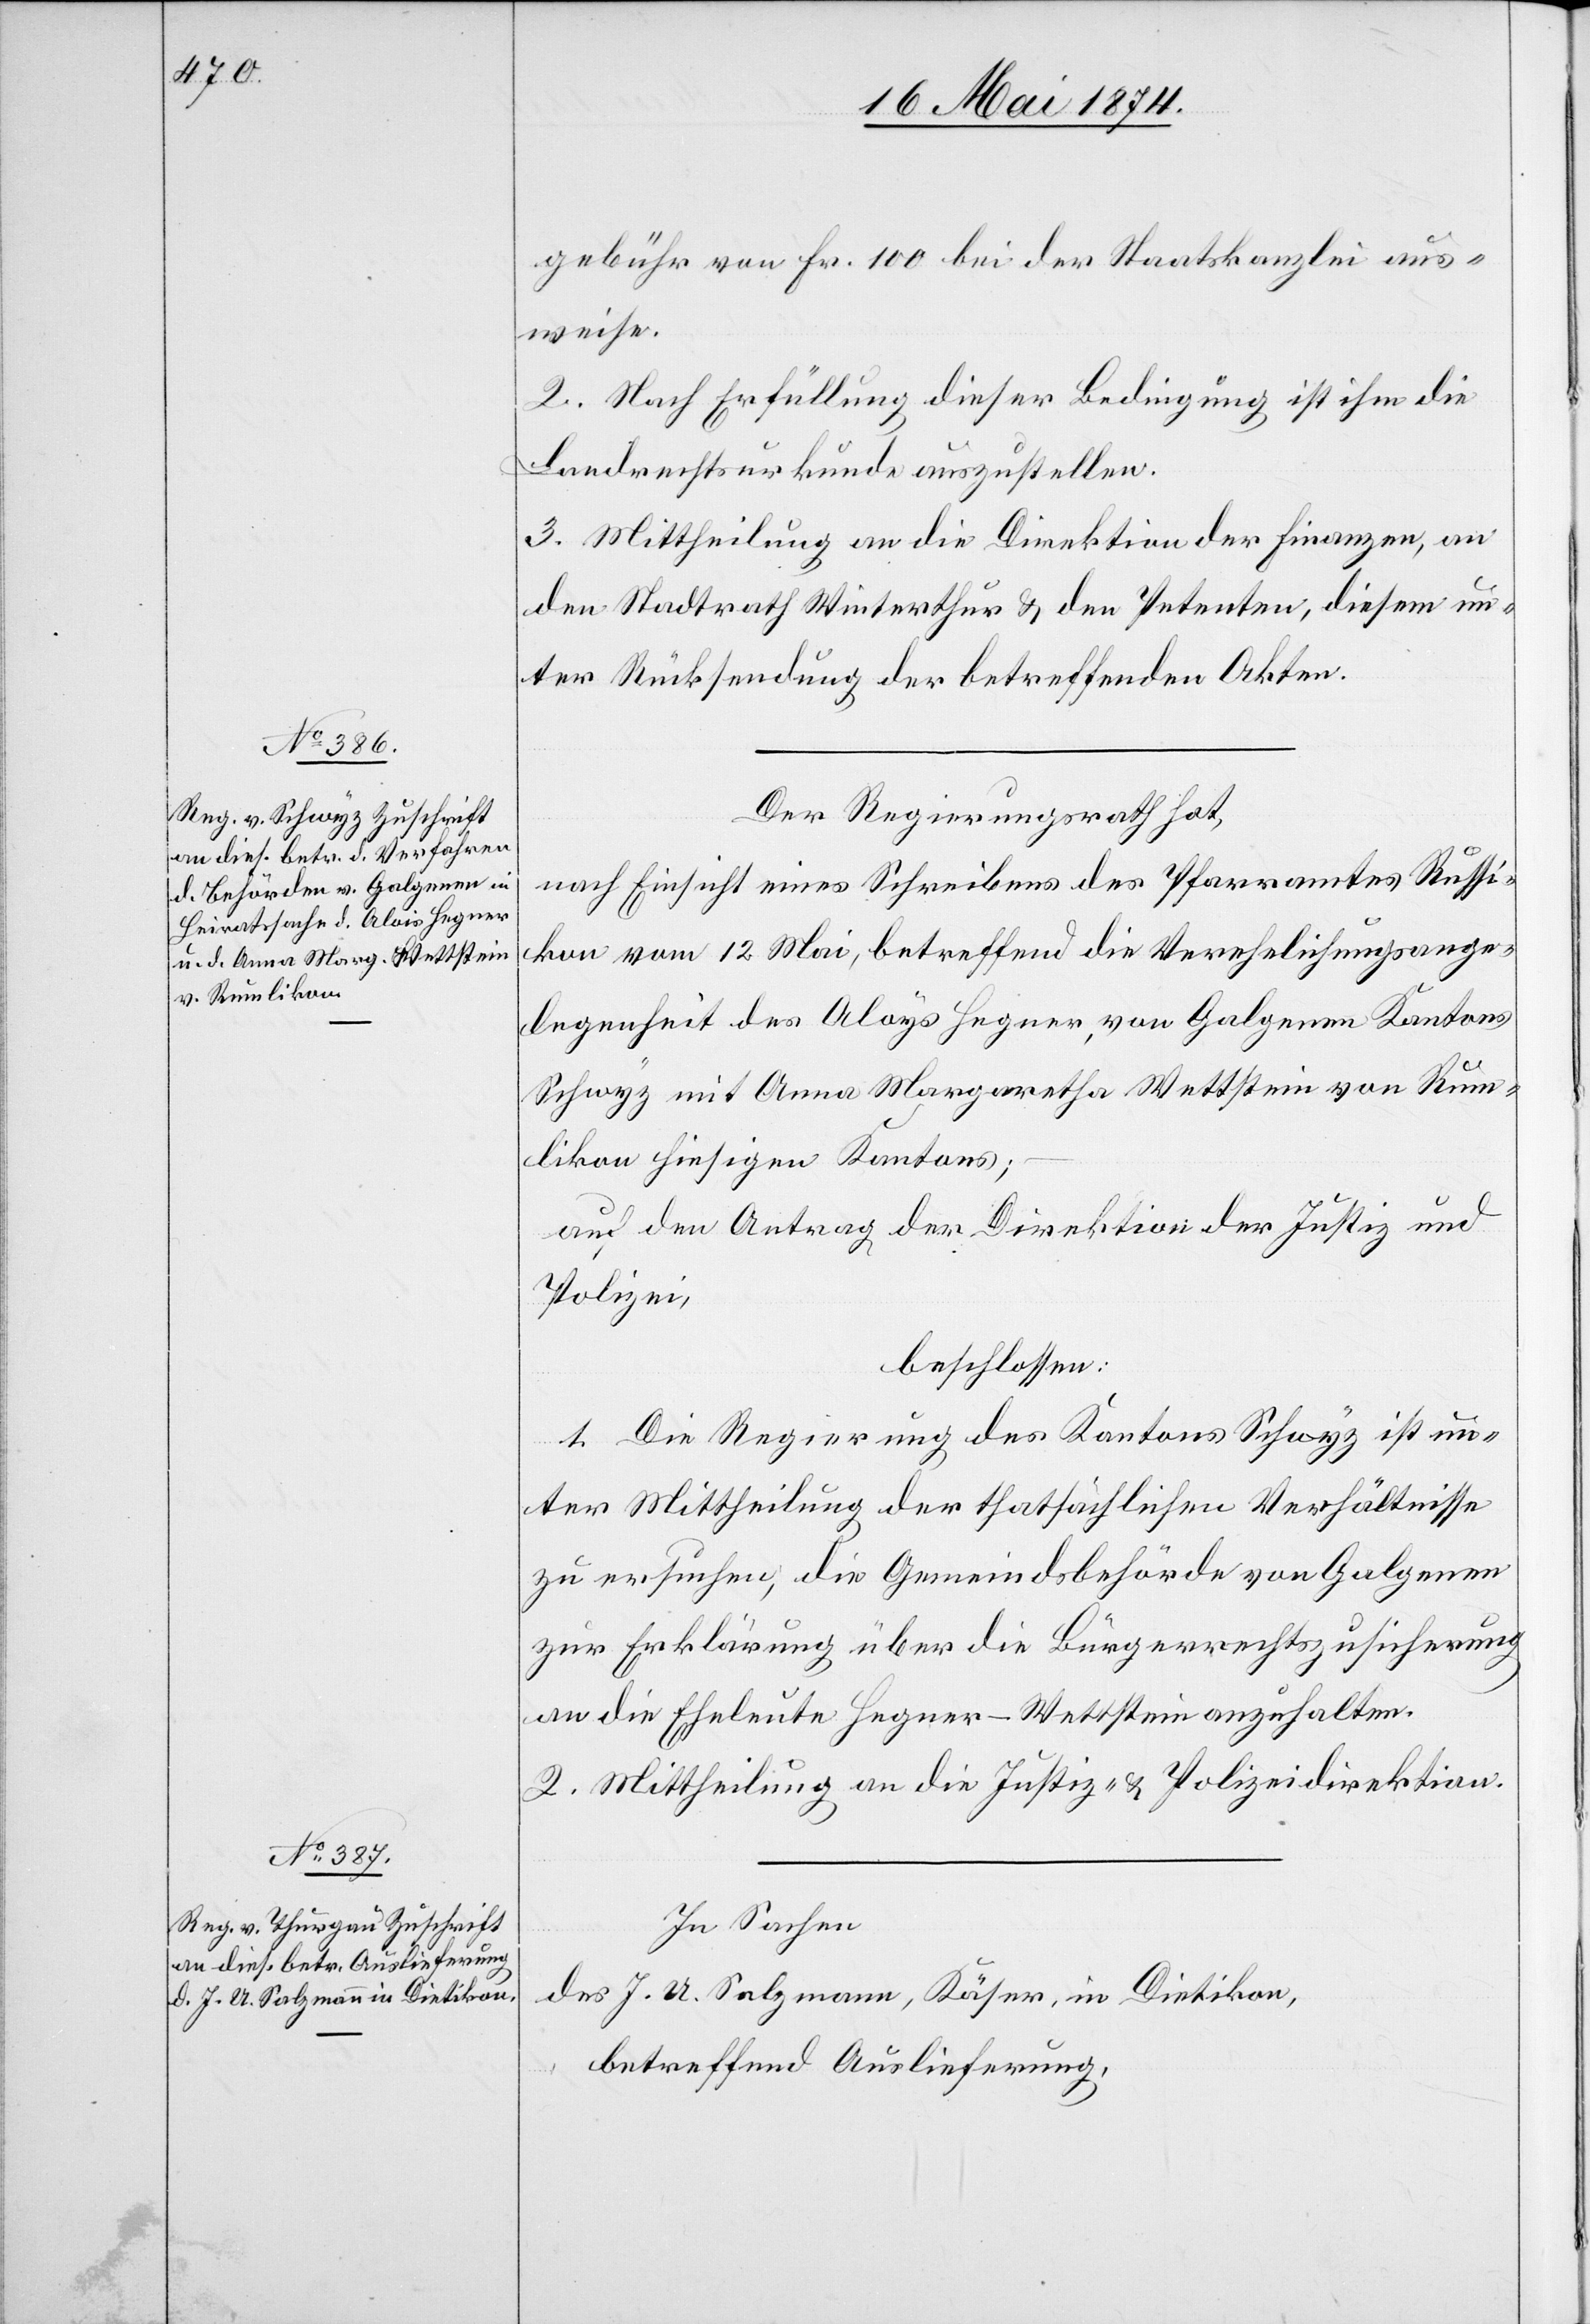
gebühr von Fr. 100 bei der Staatskanzlei aus¬
weise.
2. Nach Erfüllung dieser Bedingung ist ihm die
Landrechtsurkunde auszustellen.
3. Mittheilung an die Direktion der Finanzen, an
den Stadtrath Winterthur u. den Petenten, diesem un¬
ter Rücksendung der betreffenden Akten.
Der Regierungsrath hat,
nach Einsicht eines Schreibens des Pfarramtes Russi¬
kon vom 12. Mai, betreffend die Verehelichungsange¬
legenheit des Aloys [sic!] Hegner, von Galgenen Kantons
Schwyz mit Anna Margaretha Wettstein von Rum¬
likon hiesigen Kantons;
auf den Antrag der Direktion der Justiz und
Polizei,
beschlossen:
1. Die Regierung des Kantons Schwyz ist un¬
ter Mittheilung der thatsächlichen Verhältnisse
zu ersuchen, die Gemeindsbehörde von Galgenen
zur Erklärung über die Bürgerrechtszusicherung
an die Eheleute Hegner-Wettstein anzuhalten.
2. Mittheilung an die Justiz- u. Polizeidirektion.
In Sachen
des J. U. Salzmann, Käser, in Dietikon,
betreffend Auslieferung